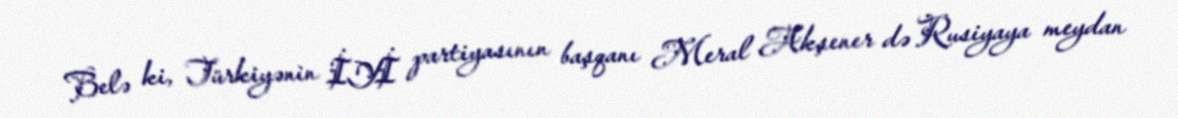
Belə ki, Türkiyənin İYİ partiyasının başqanı Meral Akşener də Rusiyaya meydan